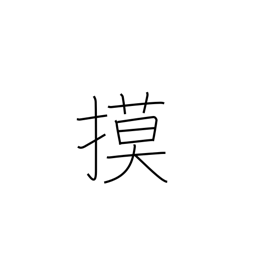
Meaning: copy